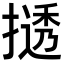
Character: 𫽾